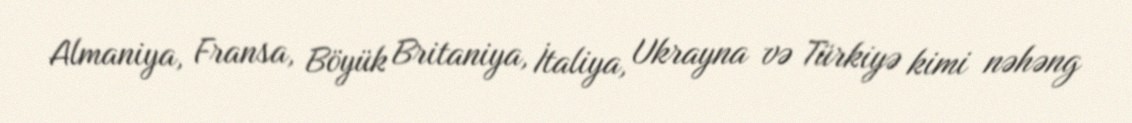
Almaniya, Fransa, Böyük Britaniya, İtaliya, Ukrayna və Türkiyə kimi nəhəng